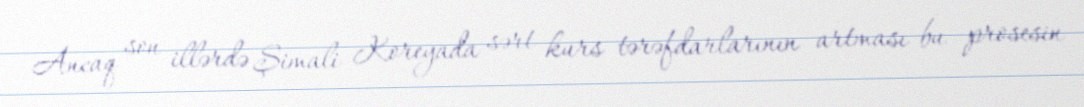
Ancaq son illərdə Şimali Koreyada sərt kurs tərəfdarlarının artması bu prosesin